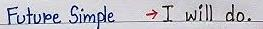
Future Simple     -> I will do.